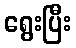
ရွေးပြီး